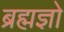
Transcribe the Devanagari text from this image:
ब्रह्मज्ञो